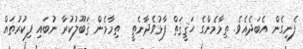
ފެނިގެން އެބަދެއެވެ. ތިމާމެންގެ ޙަޤީޤަތް ފާޅުވެދާނެތީ  ތިމާމެން ޤަބޫލުކުރާ ނުބައި ފިކުރުތައް